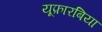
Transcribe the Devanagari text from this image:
यूफ़ारबिया